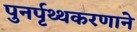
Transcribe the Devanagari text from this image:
पुनर्पृथ्थकरणाने